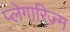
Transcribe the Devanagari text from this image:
प्लेगारिज्म